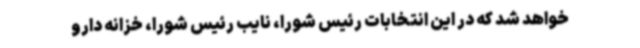
خواهد شد که در این انتخابات رئیس شورا، نایب رئیس شورا، خزانه دارو